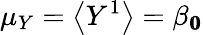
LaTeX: \mu_{Y}=\big<Y^{1}\big>=\beta_{{\pmb{0}}}